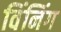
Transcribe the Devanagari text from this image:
विंनिंग